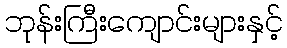
ဘုန်းကြီးကျောင်းများနှင့်